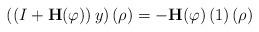
LaTeX: \begin{align*}\left( \left( I+\mathbf{H}(\varphi)\right) y\right) \left( \rho\right)=-\mathbf{H}(\varphi)\left( 1\right) \left( \rho\right)\end{align*}